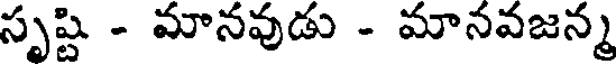
సృష్టి - మానవుడు - మానవజన్మ